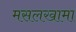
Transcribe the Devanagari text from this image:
मसलखामा